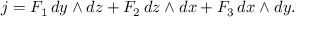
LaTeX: j = F _ { 1 } \, d y \wedge d z + F _ { 2 } \, d z \wedge d x + F _ { 3 } \, d x \wedge d y .